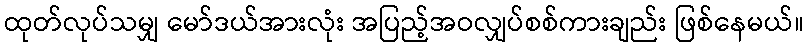
ထုတ်လုပ်သမျှ မော်ဒယ်အားလုံး အပြည့်အဝလျှပ်စစ်ကားချည်း ဖြစ်နေမယ်။